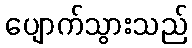
ပျောက်သွားသည်